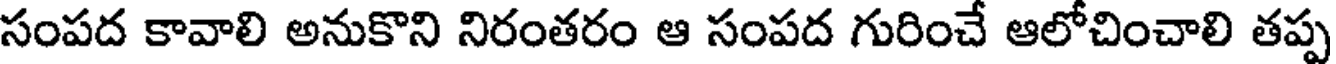
సంపద కావాలి అనుకొని నిరంతరం ఆ సంపద గురించే ఆలోచించాలి తప్ప